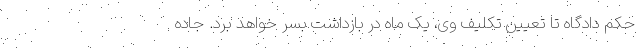
حکم دادگاه تا تعیین تکلیف وی، یک ماه در بازداشت بسر خواهد برد. جاده